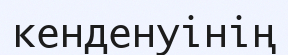
кенденуінің